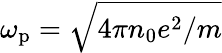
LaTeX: \omega_{\mathrm{p}}=\sqrt{4\pi n_{0}e^{2}/m}